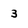
Character: 3